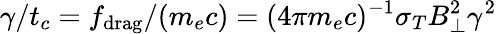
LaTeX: \gamma/t_{c}=f_{\mathrm{drag}}/(m_{e}c)=(4\pi m_{e}c)^{-1}\sigma_{T}B_{\mathrm{\perp}}^{2}\gamma^{2}